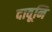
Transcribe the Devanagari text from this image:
दावूनि